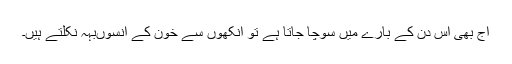
آج بھی اس دن کے بارے میں سوچا جاتا ہے تو آنکھوں سے خون کے آنسوںبہہ نکلتے ہیں۔